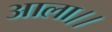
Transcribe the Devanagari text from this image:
आला।।